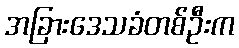
အခြားဒေသခံတစ်ဦးက